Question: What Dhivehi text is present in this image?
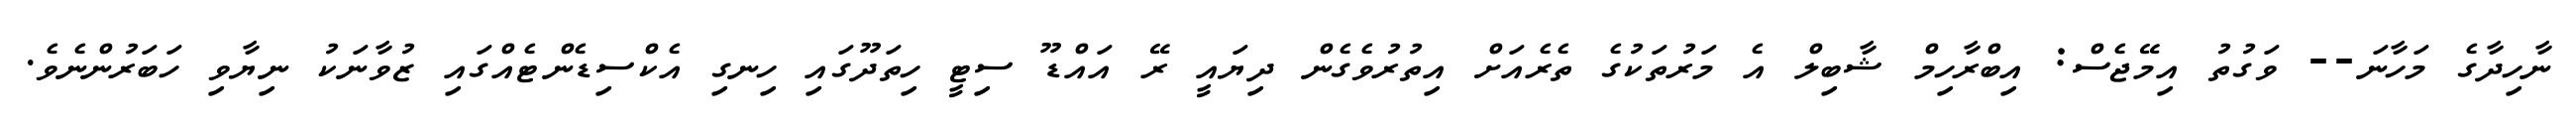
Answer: ނާހިދާގެ މަހާނަ-- ވަގުތު އިމޭޖެސް: އިބްރާހިމް ޝާބިލް އެ މަރުތަކުގެ ތެރެއަށް އިތުރުވެގެން ދިޔައީ ރޭ އައްޑޫ ސިޓީ ހިތަދޫގައި ހިނގި އެކްސިޑެންޓެއްގައި ޒުވާނަކު ނިޔާވި ހަބަރުންނެވެ.